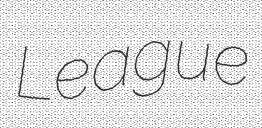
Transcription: League